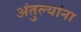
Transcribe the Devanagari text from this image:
अंतुल्यांना